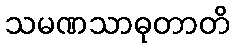
သမဏသာဓုတာတိ